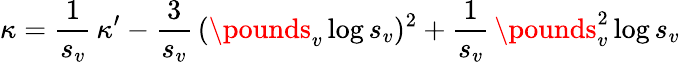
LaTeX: \kappa=\frac{1}{s_{v}}\, \kappa^{\prime}-\frac{3}{s_{v}}\, (\pounds_{v}\log s_{v})^{2}+\frac{1}{s_{v}}\, \pounds_{v}^{2}\log s_{v}